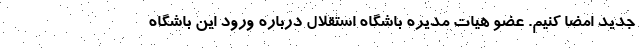
جدید امضا کنیم. عضو هیات مدیره باشگاه استقلال درباره ورود این باشگاه